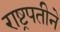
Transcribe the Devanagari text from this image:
राष्ट्रपतीने